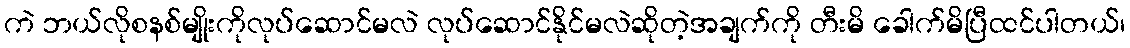
ကဲ ဘယ်လိုစနစ်မျိုးကိုလုပ်ဆောင်မလဲ လုပ်ဆောင်နိုင်မလဲဆိုတဲ့အချက်ကို တီးမိ ခေါက်မိပြီထင်ပါတယ်၊